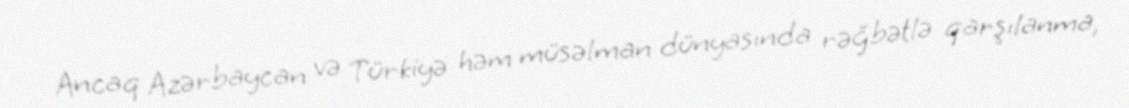
Ancaq Azərbaycan və Türkiyə həm müsəlman dünyasında rəğbətlə qarşılanma,